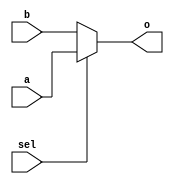
`timescale 1ns / 1ps

module mux2to1_32 (
	input [31:0] a,
	input [31:0] b,
	input sel,
	output [31:0] o );
	
	assign o = sel ? a : b;

endmodule